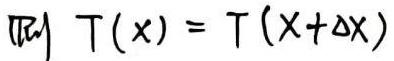
\[ T(x)=T(x + \Delta x) \]